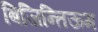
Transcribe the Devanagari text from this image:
बिजिन्तिऊम